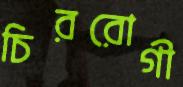
চিররোগী